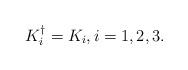
\begin{align*} K_i^{\dagger}=K_i,i=1,2,3.\end{align*}